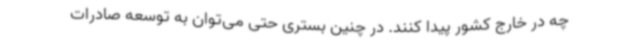
چه در خارج کشور پیدا کنند. در چنین بستری حتی می‌توان به توسعه صادرات